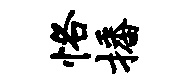
恪播